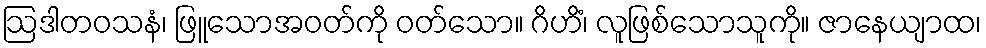
ဩဒါတဝသနံ၊ ဖြူသောအဝတ်ကို ဝတ်သော။ ဂိဟိံ၊ လူဖြစ်သောသူကို။ ဇာနေယျာထ၊